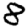
Digit: 8